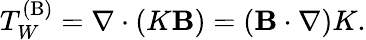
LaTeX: T_{W}^{(\mathrm{{B}})}=\nabla\cdot(K{\mathbf{B}})=({\mathbf{B}}\cdot\nabla)K.